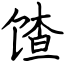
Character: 馇